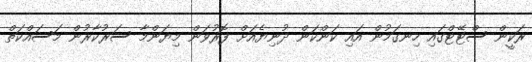
ރަކީން ސްޓޭޓްގައި ހިނގަމުން އައި ކަންކަން ދުނިޔެއަށް ފޮރުވަން މިޔަންމާ ސަރުކާރުން މަސައްކަތް